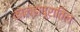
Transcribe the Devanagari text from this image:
कोल्हापूरातिल